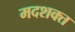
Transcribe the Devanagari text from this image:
मदशक्त